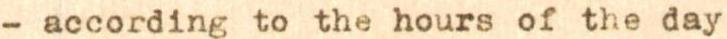
- according to the hours of the day